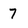
Character: 7